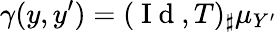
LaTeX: \gamma(y,y^{\prime})=(\mathrm{~I~d~},T)_{\sharp}\mu_{Y^{\prime}}